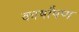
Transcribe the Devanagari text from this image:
कार्षांपण